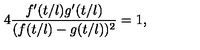
4 \frac { f ^ { \prime } ( t / l ) g ^ { \prime } ( t / l ) } { ( f ( t / l ) - g ( t / l ) ) ^ { 2 } } = 1 ,